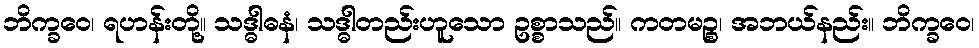
ဘိက္ခဝေ၊ ရဟန်းတို့။ သဒ္ဓါဓနံ၊ သဒ္ဓါတည်းဟူသော ဥစ္စာသည်။ ကတမဉ္စ၊ အဘယ်နည်း။ ဘိက္ခဝေ၊